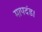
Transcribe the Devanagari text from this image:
मापदंड।